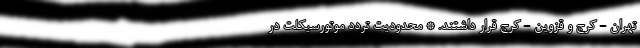
تهران - کرج و قزوین - کرج قرار داشتند. * محدودیت تردد موتورسیکلت در